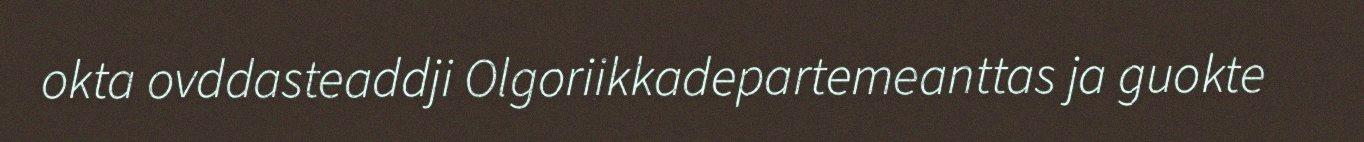
okta ovddasteaddji Olgoriikkadepartemeanttas ja guokte